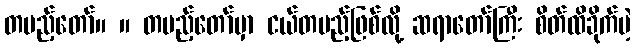
တပည့်တော်။ ။ တပည့်တော်မှာ ငယ်တပည့်ဖြစ်လို့ ဆရာတော်ကြီး စိတ်ထိခိုက်မဲ့